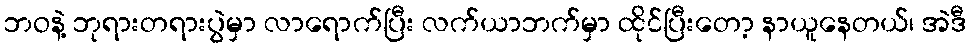
ဘဝနဲ့ ဘုရားတရားပွဲမှာ လာရောက်ပြီး လက်ယာဘက်မှာ ထိုင်ပြီးတော့ နာယူနေတယ်၊ အဲဒီ